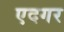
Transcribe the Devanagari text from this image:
एदगर